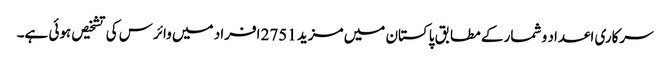
سرکاری اعداد و شمار کے مطابق پاکستان میں مزید 2751 افراد میں وائرس کی تشخیص ہوئی ہے۔